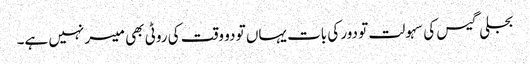
بجلی گیس کی سہولت تو دور کی بات یہاں تو دو وقت کی روٹی بھی میسر نہیں ہے۔